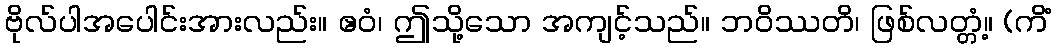
ဗိုလ်ပါအပေါင်းအားလည်း။ ဧဝံ၊ ဤသို့သော အကျင့်သည်။ ဘဝိဿတိ၊ ဖြစ်လတ္တံ့။ (ကိံ